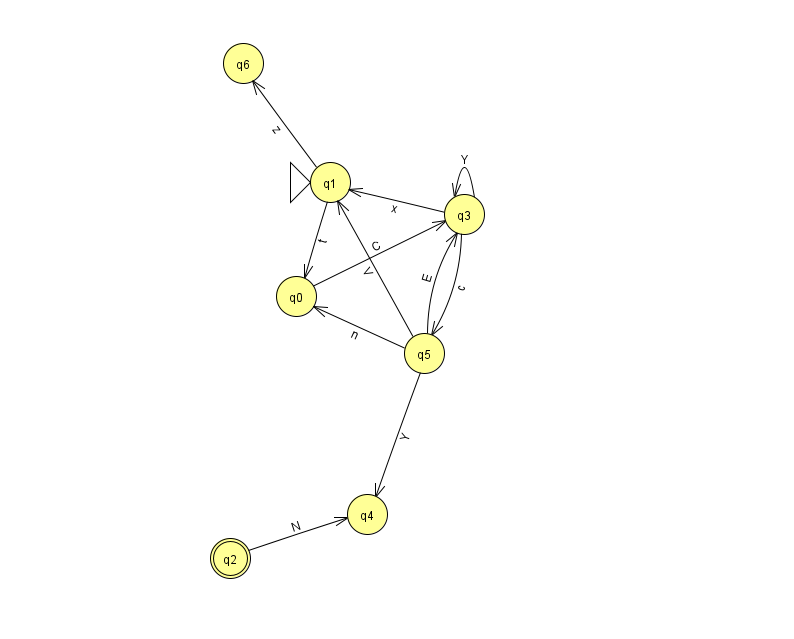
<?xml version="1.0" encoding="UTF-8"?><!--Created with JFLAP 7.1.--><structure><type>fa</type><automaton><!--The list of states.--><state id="0" name="q0"><x>296.0</x><y>283.0</y></state><state id="1" name="q1"><x>330.0</x><y>169.0</y><initial/></state><state id="2" name="q2"><x>230.0</x><y>545.0</y><final/></state><state id="3" name="q3"><x>464.0</x><y>201.0</y></state><state id="4" name="q4"><x>367.0</x><y>501.0</y></state><state id="5" name="q5"><x>424.0</x><y>340.0</y></state><state id="6" name="q6"><x>243.0</x><y>50.0</y></state><!--The list of transitions.--><transition><from>5</from><to>0</to><read>n</read></transition><transition><from>1</from><to>0</to><read>t</read></transition><transition><from>0</from><to>3</to><read>C</read></transition><transition><from>5</from><to>4</to><read>Y</read></transition><transition><from>1</from><to>6</to><read>z</read></transition><transition><from>3</from><to>1</to><read>x</read></transition><transition><from>2</from><to>4</to><read>N</read></transition><transition><from>3</from><to>3</to><read>Y</read></transition><transition><from>3</from><to>5</to><read>c</read></transition><transition><from>5</from><to>3</to><read>E</read></transition><transition><from>5</from><to>1</to><read>V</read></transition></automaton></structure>